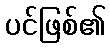
ပင်ဖြစ်၏